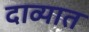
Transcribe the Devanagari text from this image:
दाव्यात